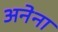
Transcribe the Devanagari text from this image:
अनेना